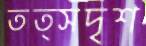
তত্সদৃশ